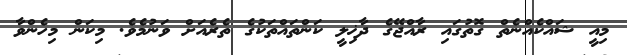
މިއީ ޝައްކެއްނެތް ގޮތުގައި ރާއްޖޭގެ ދާޚިލީ ކަންތައްތަކުގެ ތެރެއަށް ވަނުމެވެ. މިކަން މިހެންވާ